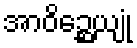
အာဝိဉ္ဆေယျုံ